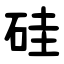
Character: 硅